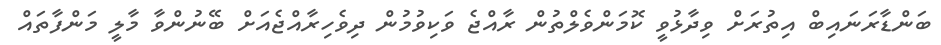
ބަންޑާރަނައިބް އިތުރަށް ވިދާޅުވީ ކޮމަންވެލްތުން ރާއްޖެ ވަކިވުމުން ދިވެހިރާއްޖެއަށް ބޭނުންވާ މާލީ މަންފާތައް